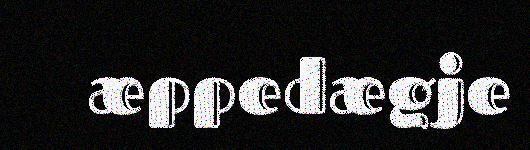
æppedægje